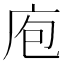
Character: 庖